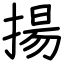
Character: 揚